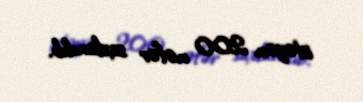
istəyən 200 nəfər saxlanılıb.